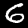
Digit: 6